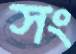
সং